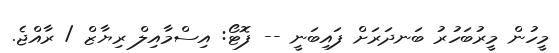
މީހުން މީރުބަހުރު ބަނދަރަށް ފައިބަނީ -- ފޮޓޯ: އިސްމާއިލް ރިޔާޒް / ރާއްޖެ.